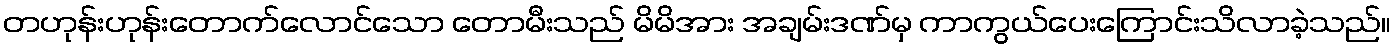
တဟုန်းဟုန်းတောက်လောင်သော တောမီးသည် မိမိအား အချမ်းဒဏ်မှ ကာကွယ်ပေးကြောင်းသိလာခဲ့သည်။